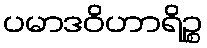
ပမာဒဝိဟာရိဉ္စ